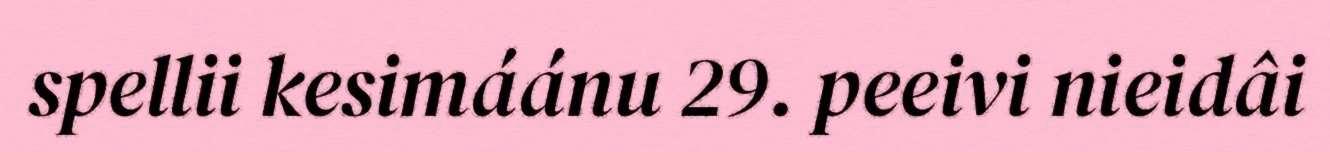
spellii kesimáánu 29. peeivi nieidâi